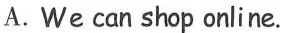
A. We can shop online.